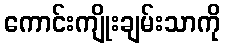
ကောင်းကျိုးချမ်းသာကို